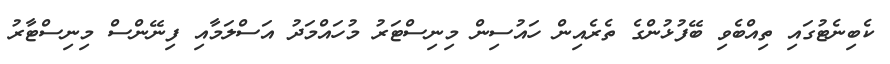
ކެބިނެޓުގައި ތިއްބެވި ބޭފުޅުންގެ ތެރެއިން ހައުސިން މިނިސްޓަރު މުހައްމަދު އަސްލަމާއި ފިނޭންސް މިނިސްޓާރު